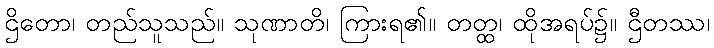
ဌိတော၊ တည်သူသည်။ သုဏာတိ၊ ကြားရ၏။ တတ္ထ၊ ထိုအရပ်၌။ ဌီတဿ၊